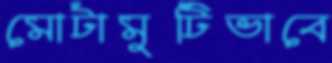
মোটামুটিভাবে